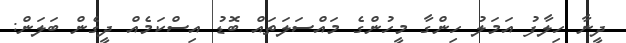
ދީނާ ހިލާފު އަމަލު ހިންގާ މީހުންގެ މައްސަލަތައް ބޮޑު އިސްކަމެއް ދީގެން ބަލަން: